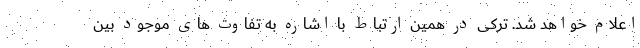
اعلام خواهد شد. ترکی در همین ارتباط با اشاره به تفاوت های موجود بین